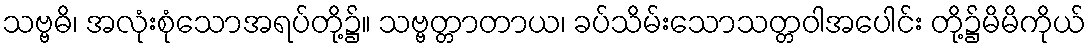
သဗ္ဗဓိ၊ အလုံးစုံသောအရပ်တို့၌။ သဗ္ဗတ္တာတာယ၊ ခပ်သိမ်းသောသတ္တဝါအပေါင်း တို့၌မိမိကိုယ်